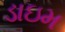
ડાઇમ